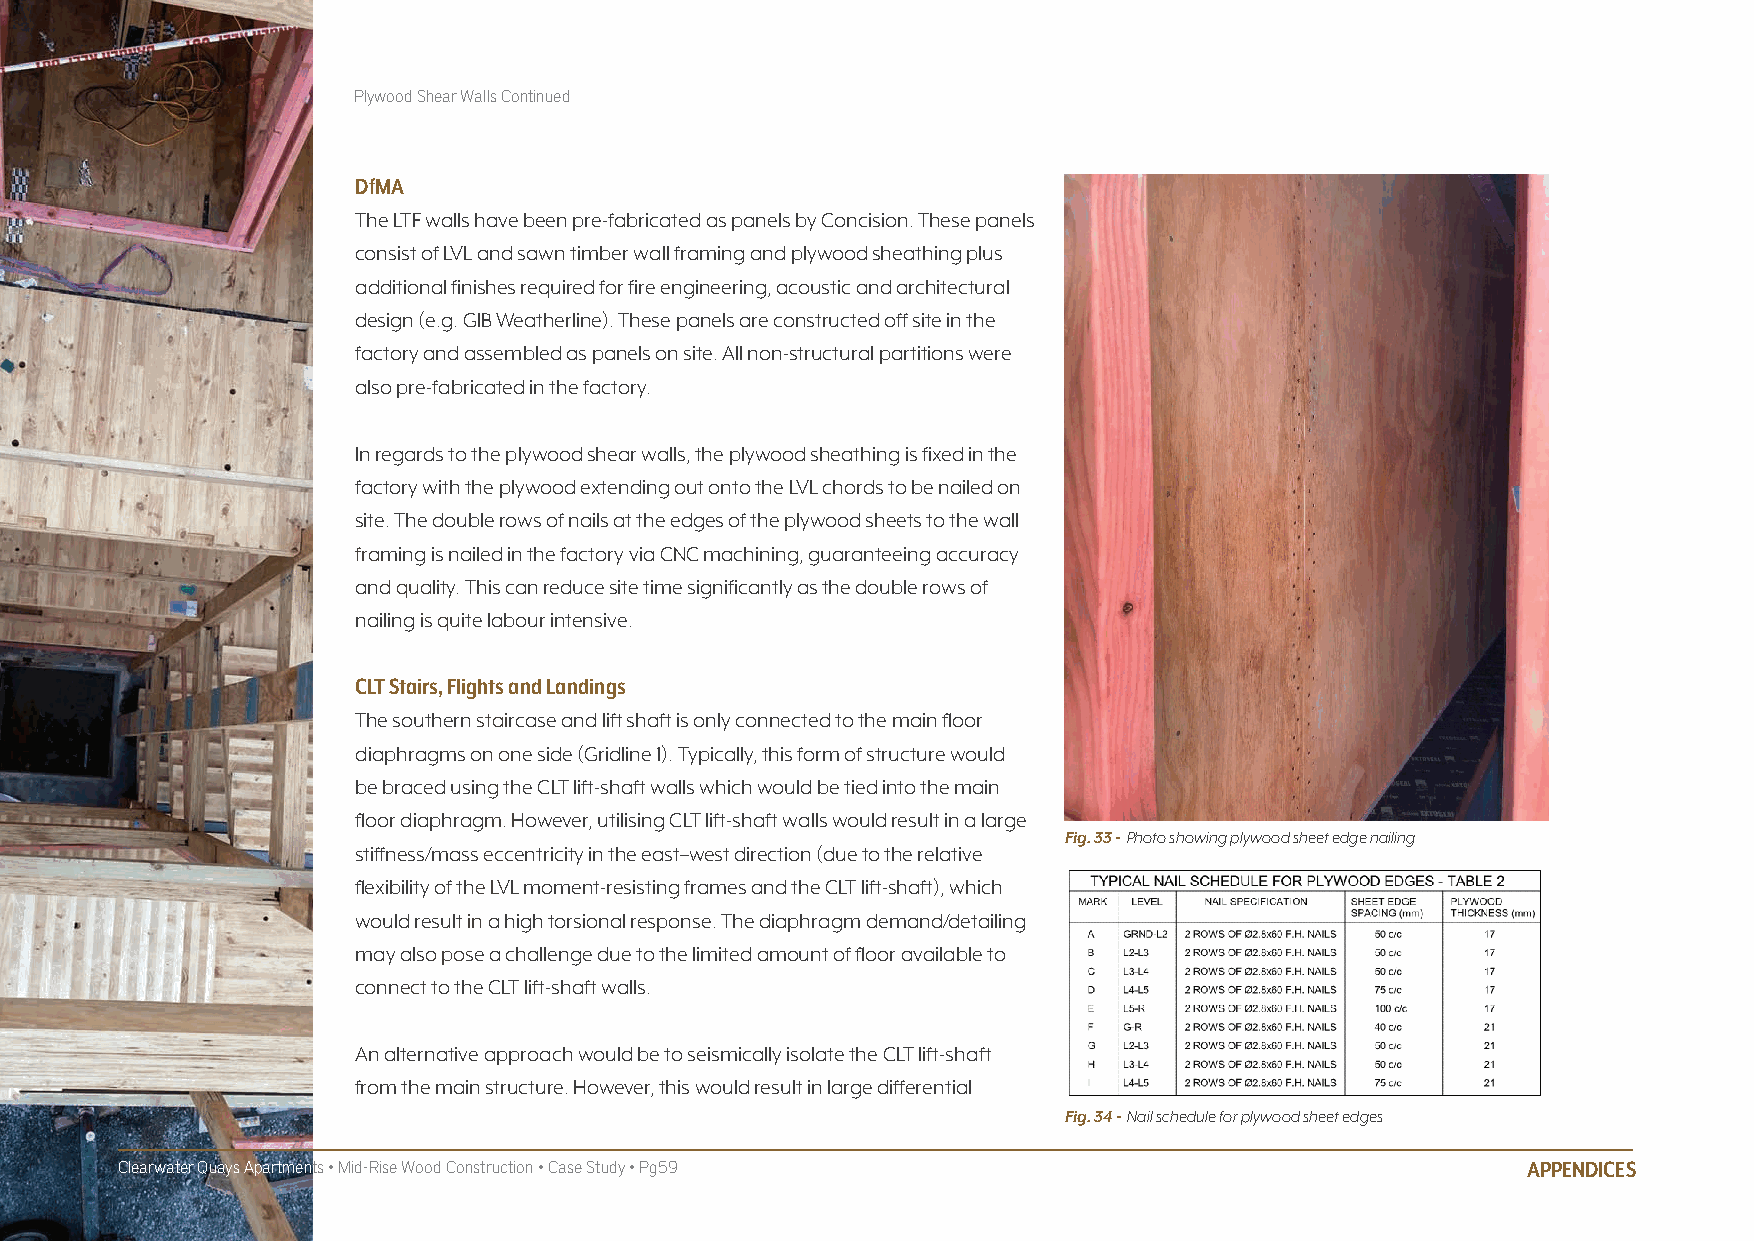
Plywood Shear Walls Continued
 DfmA
 The LTF walls have been pre-fabricated as panels by Concision. These panels
 consist of LVL and sawn timber wall framing and plywood sheathing plus
 additional finishes required for fire engineering, acoustic and architectural
 design (e.g. GIB Weatherline). These panels are constructed off site in the
 factory and assembled as panels on site. All non-structural partitions were
 also pre-fabricated in the factory.
 In regards to the plywood shear walls, the plywood sheathing is fixed in the
 factory with the plywood extending out onto the LVL chords to be nailed on
 site. The double rows of nails at the edges of the plywood sheets to the wall
 framing is nailed in the factory via CNC machining, guaranteeing accuracy
 and quality. This can reduce site time significantly as the double rows of
 nailing is quite labour intensive.
 CLT Stairs, flights and Landings
 The southern staircase and lift shaft is only connected to the main floor
 diaphragms on one side (Gridline 1). Typically, this form of structure would
 be braced using the CLT lift-shaft walls which would be tied into the main
 floor diaphragm. However, utilising CLT lift-shaft walls would result in a large
 Fig. 33 - Photo showing plywood sheet edge nailing
 stiffness/mass eccentricity in the east–west direction (due to the relative
 flexibility of the LVL moment-resisting frames and the CLT lift-shaft), which
 would result in a high torsional response. The diaphragm demand/detailing
 may also pose a challenge due to the limited amount of floor available to
 connect to the CLT lift-shaft walls.
 An alternative approach would be to seismically isolate the CLT lift-shaft
 from the main structure. However, this would result in large differential
 Fig. 34 - Nail schedule for plywood sheet edges
 Clearwater Quays Apartments • Mid-Rise Wood Construction • Case Study • Pg59                 APPENDICES